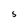
Character: S